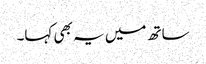
ساتھ میں یہ بھی کہا۔